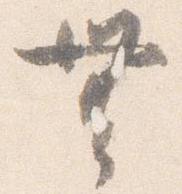
無